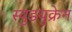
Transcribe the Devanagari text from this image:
स्युडयुक्रेन